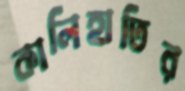
কালিহাতির